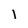
Character: I